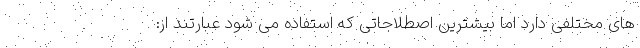
های مختلفی دارد اما بیشترین اصطلاحاتی که استفاده می شود عبارتند از: